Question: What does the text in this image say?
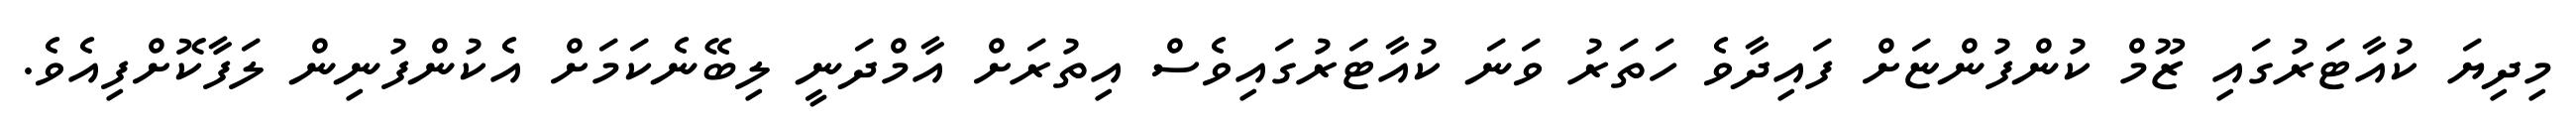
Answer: މިދިޔަ ކުއާޓަރުގައި ޒޫމް ކުންފުންޏަށް ފައިދާވެ ހަތަރު ވަނަ ކުއާޓަރުގައިވެސް އިތުރަށް އާމްދަނީ ލިބޭނެކަމަށް އެކުންފުނިން ލަފާކޮށްފިއެވެ.